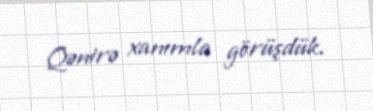
Qənirə xanımla görüşdük.